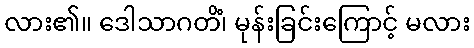
လား၏။ ဒေါသာဂတိံ၊ မုန်းခြင်းကြောင့် မလား